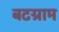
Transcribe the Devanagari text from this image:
बटग्राम